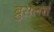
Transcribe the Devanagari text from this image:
ब्रुसलर्स